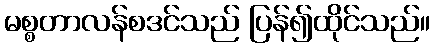
မစ္စတာလန်စဒင်သည် ပြန်၍ထိုင်သည်။